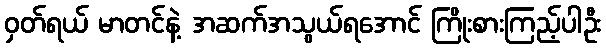
ဝှတ်ရယ် မာတင်နဲ့ အဆက်အသွယ်ရအောင် ကြိုးစားကြည့်ပါဦး